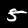
Digit: 5